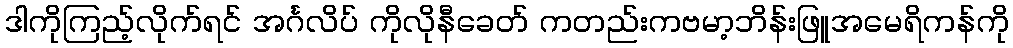
ဒါကိုကြည့်လိုက်ရင် အင်္ဂလိပ် ကိုလိုနီခေတ် ကတည်းကဗမာ့ဘိန်းဖြူအမေရိကန်ကို